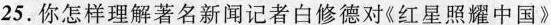
25.你怎样理解著名新闻记者白修德对《红星照耀中国》